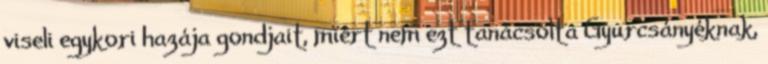
viseli egykori hazája gondjait, miért nem ezt tanácsolta Gyurcsányéknak,